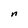
Character: n